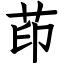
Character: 茚